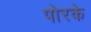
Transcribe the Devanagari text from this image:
पोरके